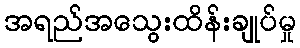
အရည်အသွေးထိန်းချုပ်မှု